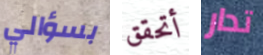
بسؤالي أتحقق تدار